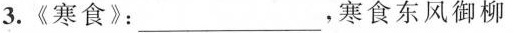
3.《寒食》：___，寒食东风御柳